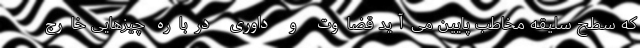
که سطح سلیقه مخاطب پایین می‌آید قضاوت و داوری درباره چیزهایی خارج